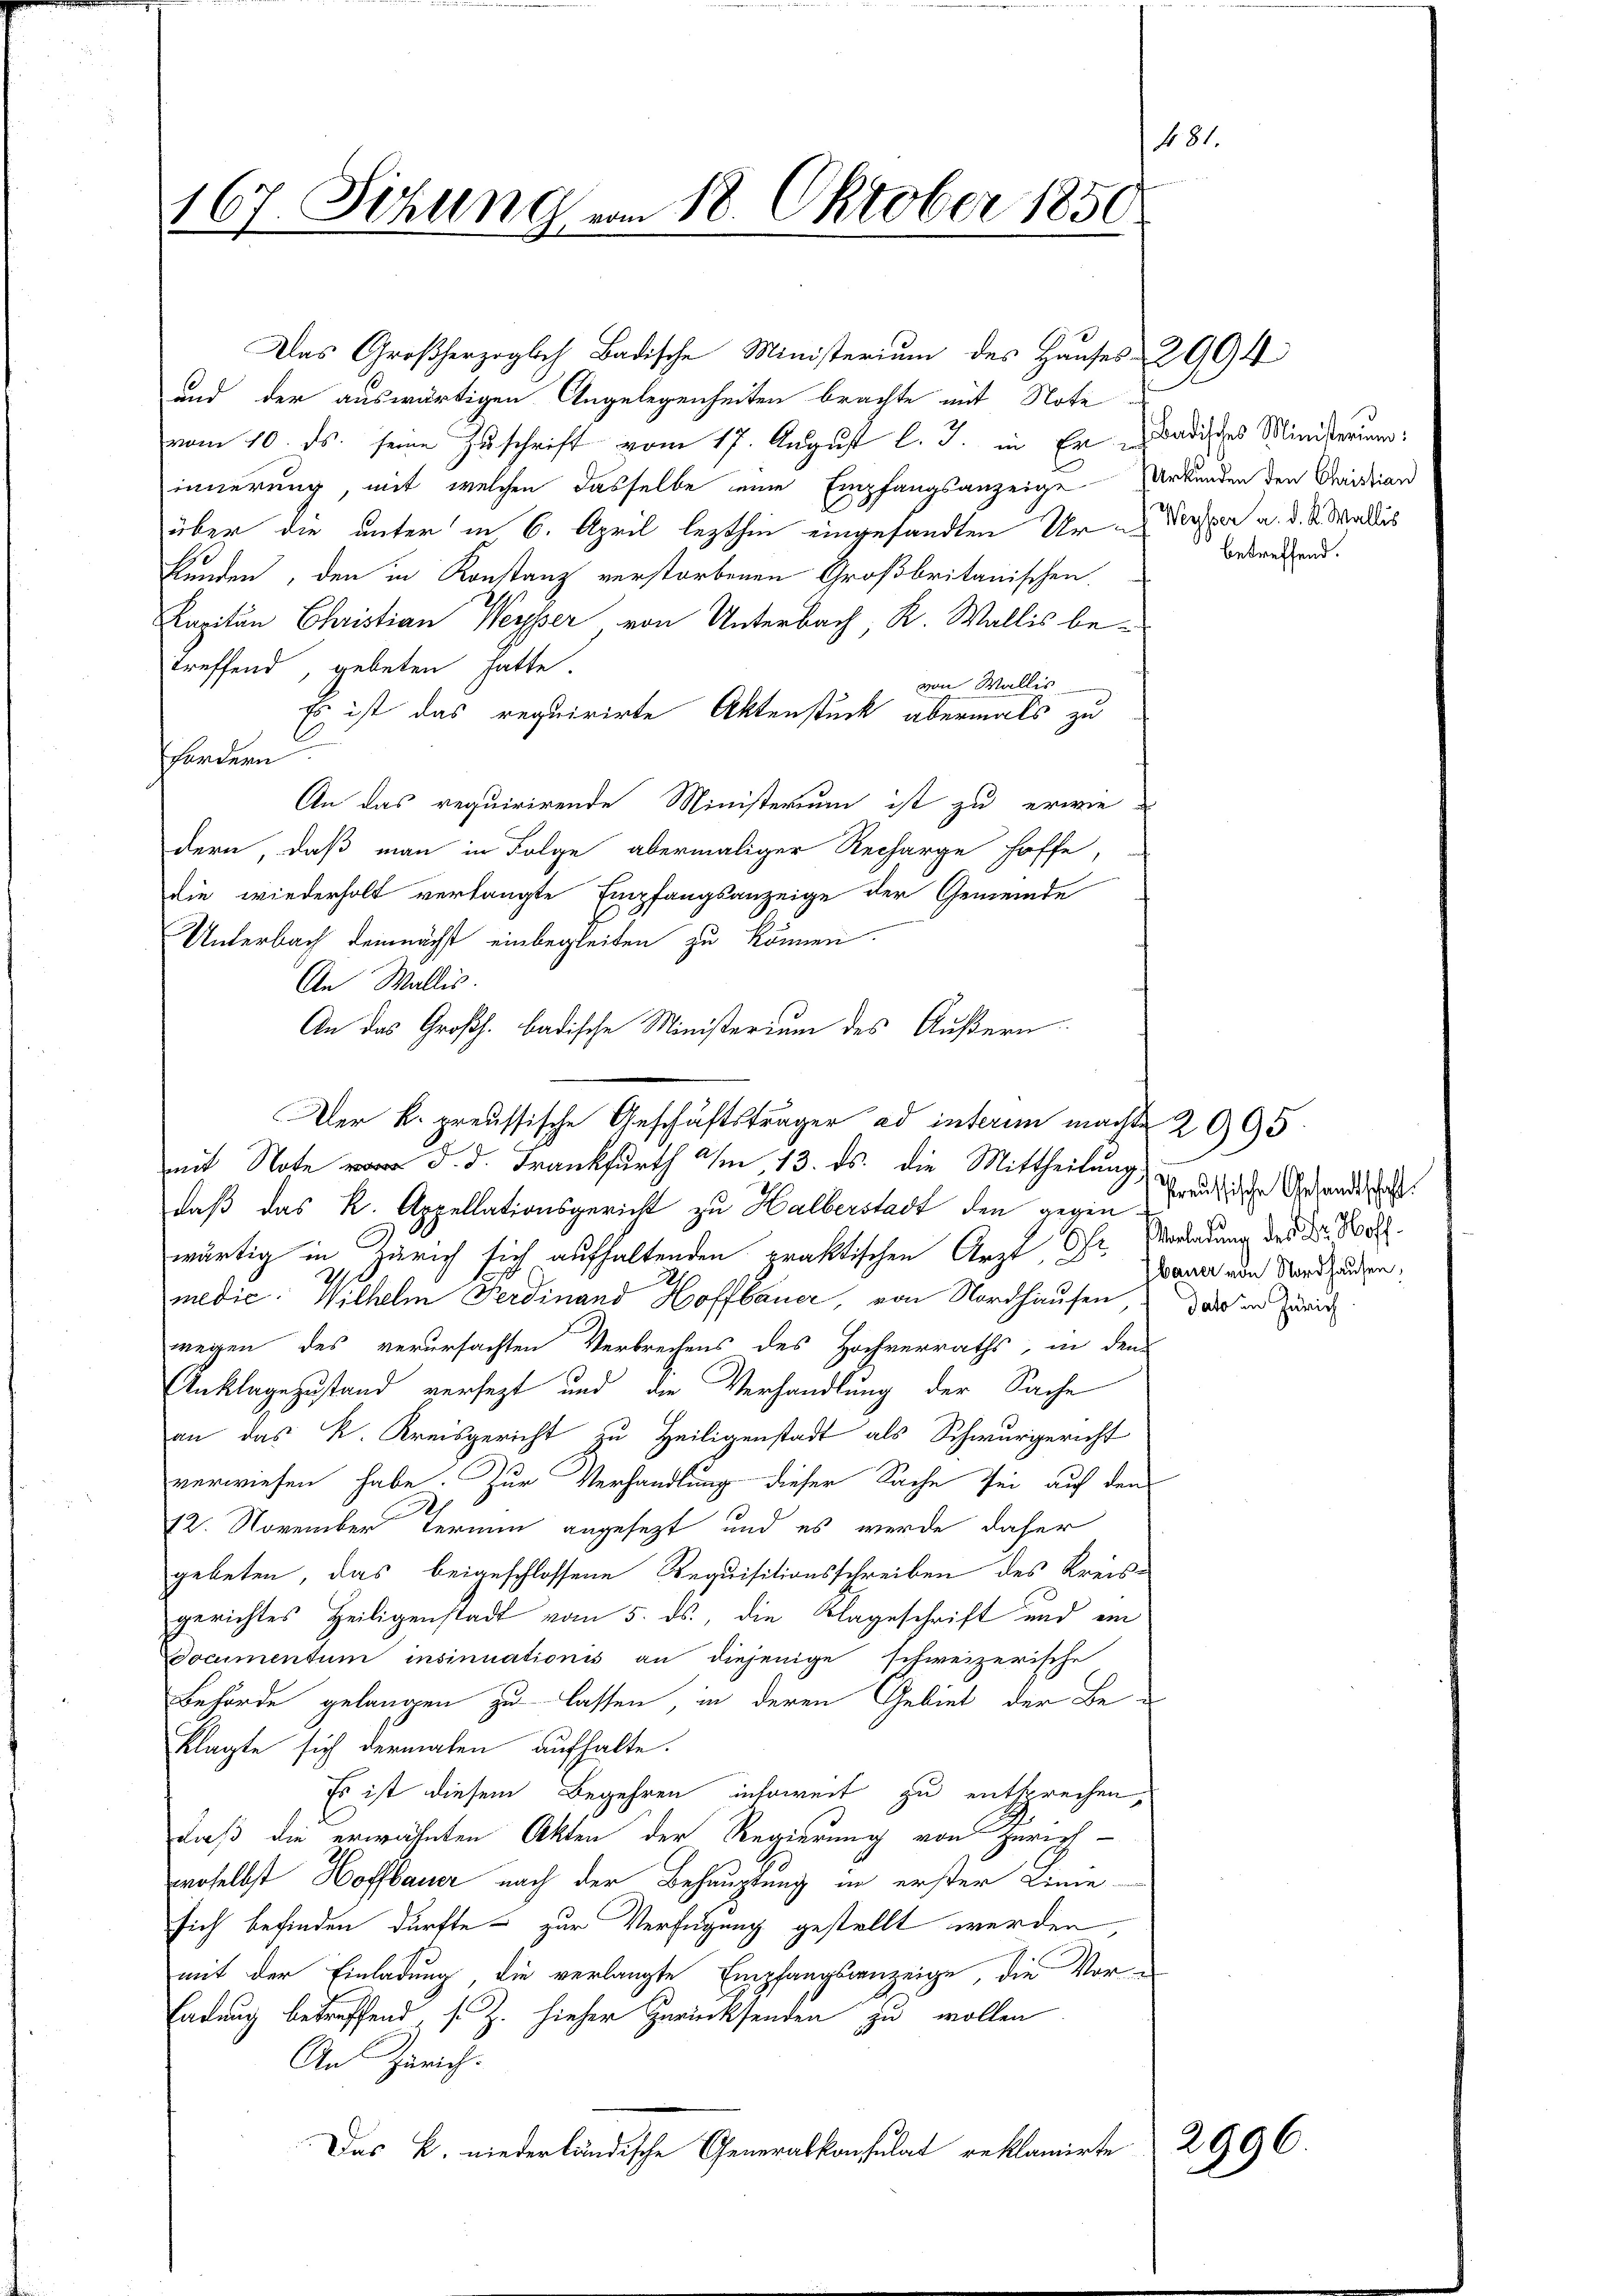
f 81
167. Sitzung vom 18. Oktober 1850
g

Das Großherzoglich Badische Ministerium des Hauses 2994
und der auswärtigen Angelegenheiten brachte mit Note
vom 10. ds. seine Zuschrift vom 17. August l. J. in En-Badisches Ministerung:
innerung, mit welchen dasselbe eine Empfangsanzeige Urkunden den Cristian
über die unter in 6. April lezthin eingesandten Uri Versper a. d. M. Wallis
Kunden, den in Konstanz verstorbenen Großbritanischen.
Kapitän Christian Weyer, von Unterbach R. Wallis be-
treffend, gebeten hatte.
von Wallis
Es ist das requirirte Aktenstück abermals zu
fordern
An das requirirende Ministerium ist zu erwie-
dern, daß man in Folge abermaliger Recharge hoffe,
die wiederholt verlangte Empfangsanzeige der Gemeinde
Unterbach demnächst einbegleiten zu können.
An Wallis.
An das Großh. badische Ministerium des Äußern.
Der k. preussische Geschäftsträger ad interim machte 2095
mit Note d. d. Frankfurth am 13. ds. die Mittheilung,
daß das k. Appellationsgericht zu Halberstadt den gegen-
wärtig in Zürich sich aufhaltenden praktischen Arzt Ohr. Verandung der Dr. Bo
medic: Wilhelm Ferdinand Hoffbauer, von Nordhausen, das in Zürich
wegen des verursachten Verbrechens des Hochverraths, in dem
Anklagezustand versezt und die Verhandlung der Sache
an das k. Kreisgericht zu Heiligenstadt als Schwurgericht
verwiesen habe. Zur Verhandlung dieser Sache sei auf den
12. November Ter angesezt und es werde daher
gebeten, das beigeschlossene Requisitionsschreiben des Kreisgerichtes Heiligenstadt vom 5. ds., die Klageschrift und ein
Documentum insinuationis an diejenige schweizerische
Behörde gelangen zu lassen, in deren Gebiet der Beklagte sich dermalen aufhalte.
Es ist diesem Begehren insoweit zu entsprechen,
daß die erwähnten Akten der Regierung von Zürichwoselbst Hoffbauer nach der Behauptung in erster Linie
sich befinden dürfte - zur Verfügung gestellt werden,
mit der Einladung, die verlangte Empfangsanzeige, die Vor-
Eadung betreffend, s. Z. hieher Zurücksenden zu wollen
An Zürich.
Das k. niederländische Generalkonsulat reklamirte

betreffend.

Preussische Gesandtschaft:
bauer von Nordhausen,

2996.